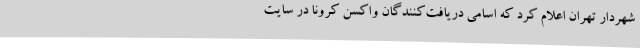
شهردار تهران اعلام کرد که اسامی دریافت‌کنندگان واکسن کرونا در سایت